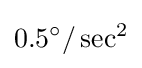
0.5^{\circ }/\sec ^{2}